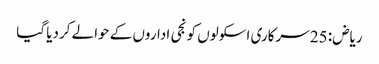
ریاض: 25 سرکاری اسکولوں کو نجی اداروں کے حوالے کردیا گیا